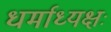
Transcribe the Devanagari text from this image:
धर्माध्यक्षः